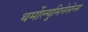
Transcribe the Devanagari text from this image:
थर्मोल्युमिनेसेन्स